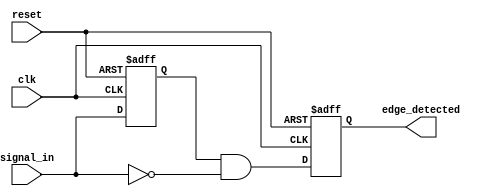
module negative_edge_detector (
    input wire clk,             // Clock signal
    input wire reset,           // Reset signal
    input wire signal_in,       // Input signal
    output reg edge_detected    // Output signal for detected negative edge
);

    reg signal_prev;            // Previous value of signal_in

    // Always block triggered on the rising edge of the clock
    always @(posedge clk or posedge reset) begin
        if (reset) begin
            signal_prev <= 1'b0; // Initialize previous signal to low on reset
            edge_detected <= 1'b0; // Ensure edge_detected is low on reset
        end else begin
            // Check for negative edge detection
            edge_detected <= (signal_prev == 1'b1 && signal_in == 1'b0);
            signal_prev <= signal_in; // Update previous signal
        end
    end

endmodule